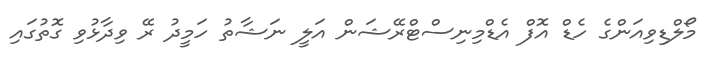
މޯލްޑިވިއަންގެ ހެޑް އޮފް އެޑްމިނިސްޓްރޭޝަން އަލީ ނަޝާތު ހަމީދު ރޭ ވިދާޅުވި ގޮތުގައި